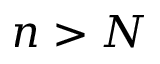
n > N